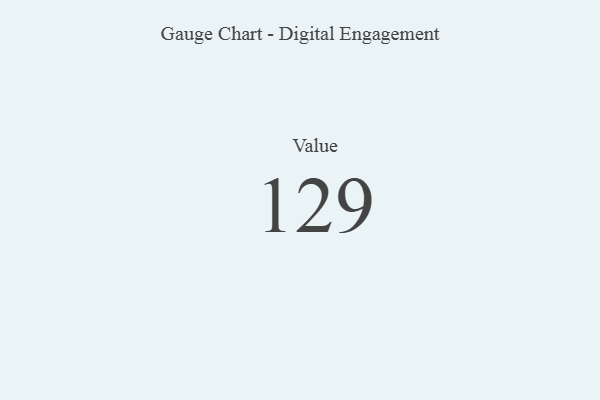
{"axis": {"x": "Metric", "y": "Value"}, "legend": [""], "data": [{"x": "Value", "y": 129, "type": ""}]}